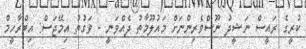
ކުރީގެ ރައީސް ނަޝީދު ނޫސްވެރިންނަށް މައުލޫމާތު ދެއްވަނީ - ވަގުތު އިމޭޖަސް: އިބްރާހީމް